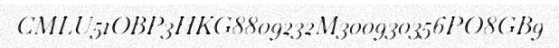
CMLU51OBP3HKG8809232M300930356PO8GB9